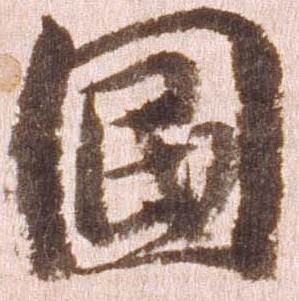
国